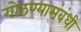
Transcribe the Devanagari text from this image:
गोठण्यासंबंधी